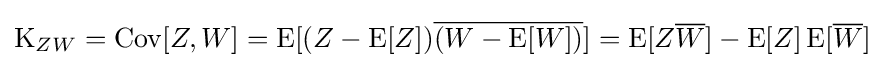
\operatorname {K} _{ZW}=\operatorname {Cov} [Z,W]=\operatorname {E} [(Z-\operatorname {E} [Z]){\overline {(W-\operatorname {E} [W])}}]=\operatorname {E} [Z{\overline {W}}]-\operatorname {E} [Z]\operatorname {E} [{\overline {W}}]